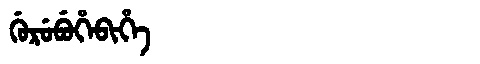
Manchu: ᡤᡠᡵᡠᠪᡠᡥᡝᠪᡳᡥᡝ
Romanization: GURUBUHEBIHE